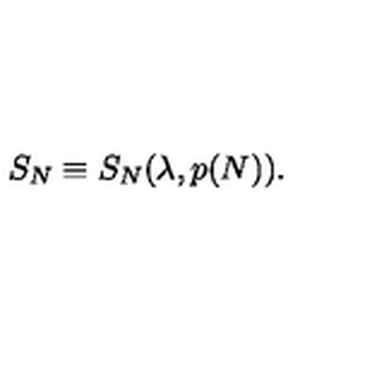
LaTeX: S _ { N } \equiv S _ { N } ( \lambda , p ( N ) ) .